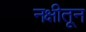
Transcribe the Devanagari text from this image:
नक्षीतून